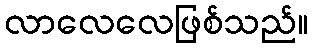
လာလေလေဖြစ်သည်။